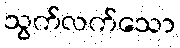
သွက်လက်သော